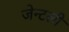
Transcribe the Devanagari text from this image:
जेन्टली